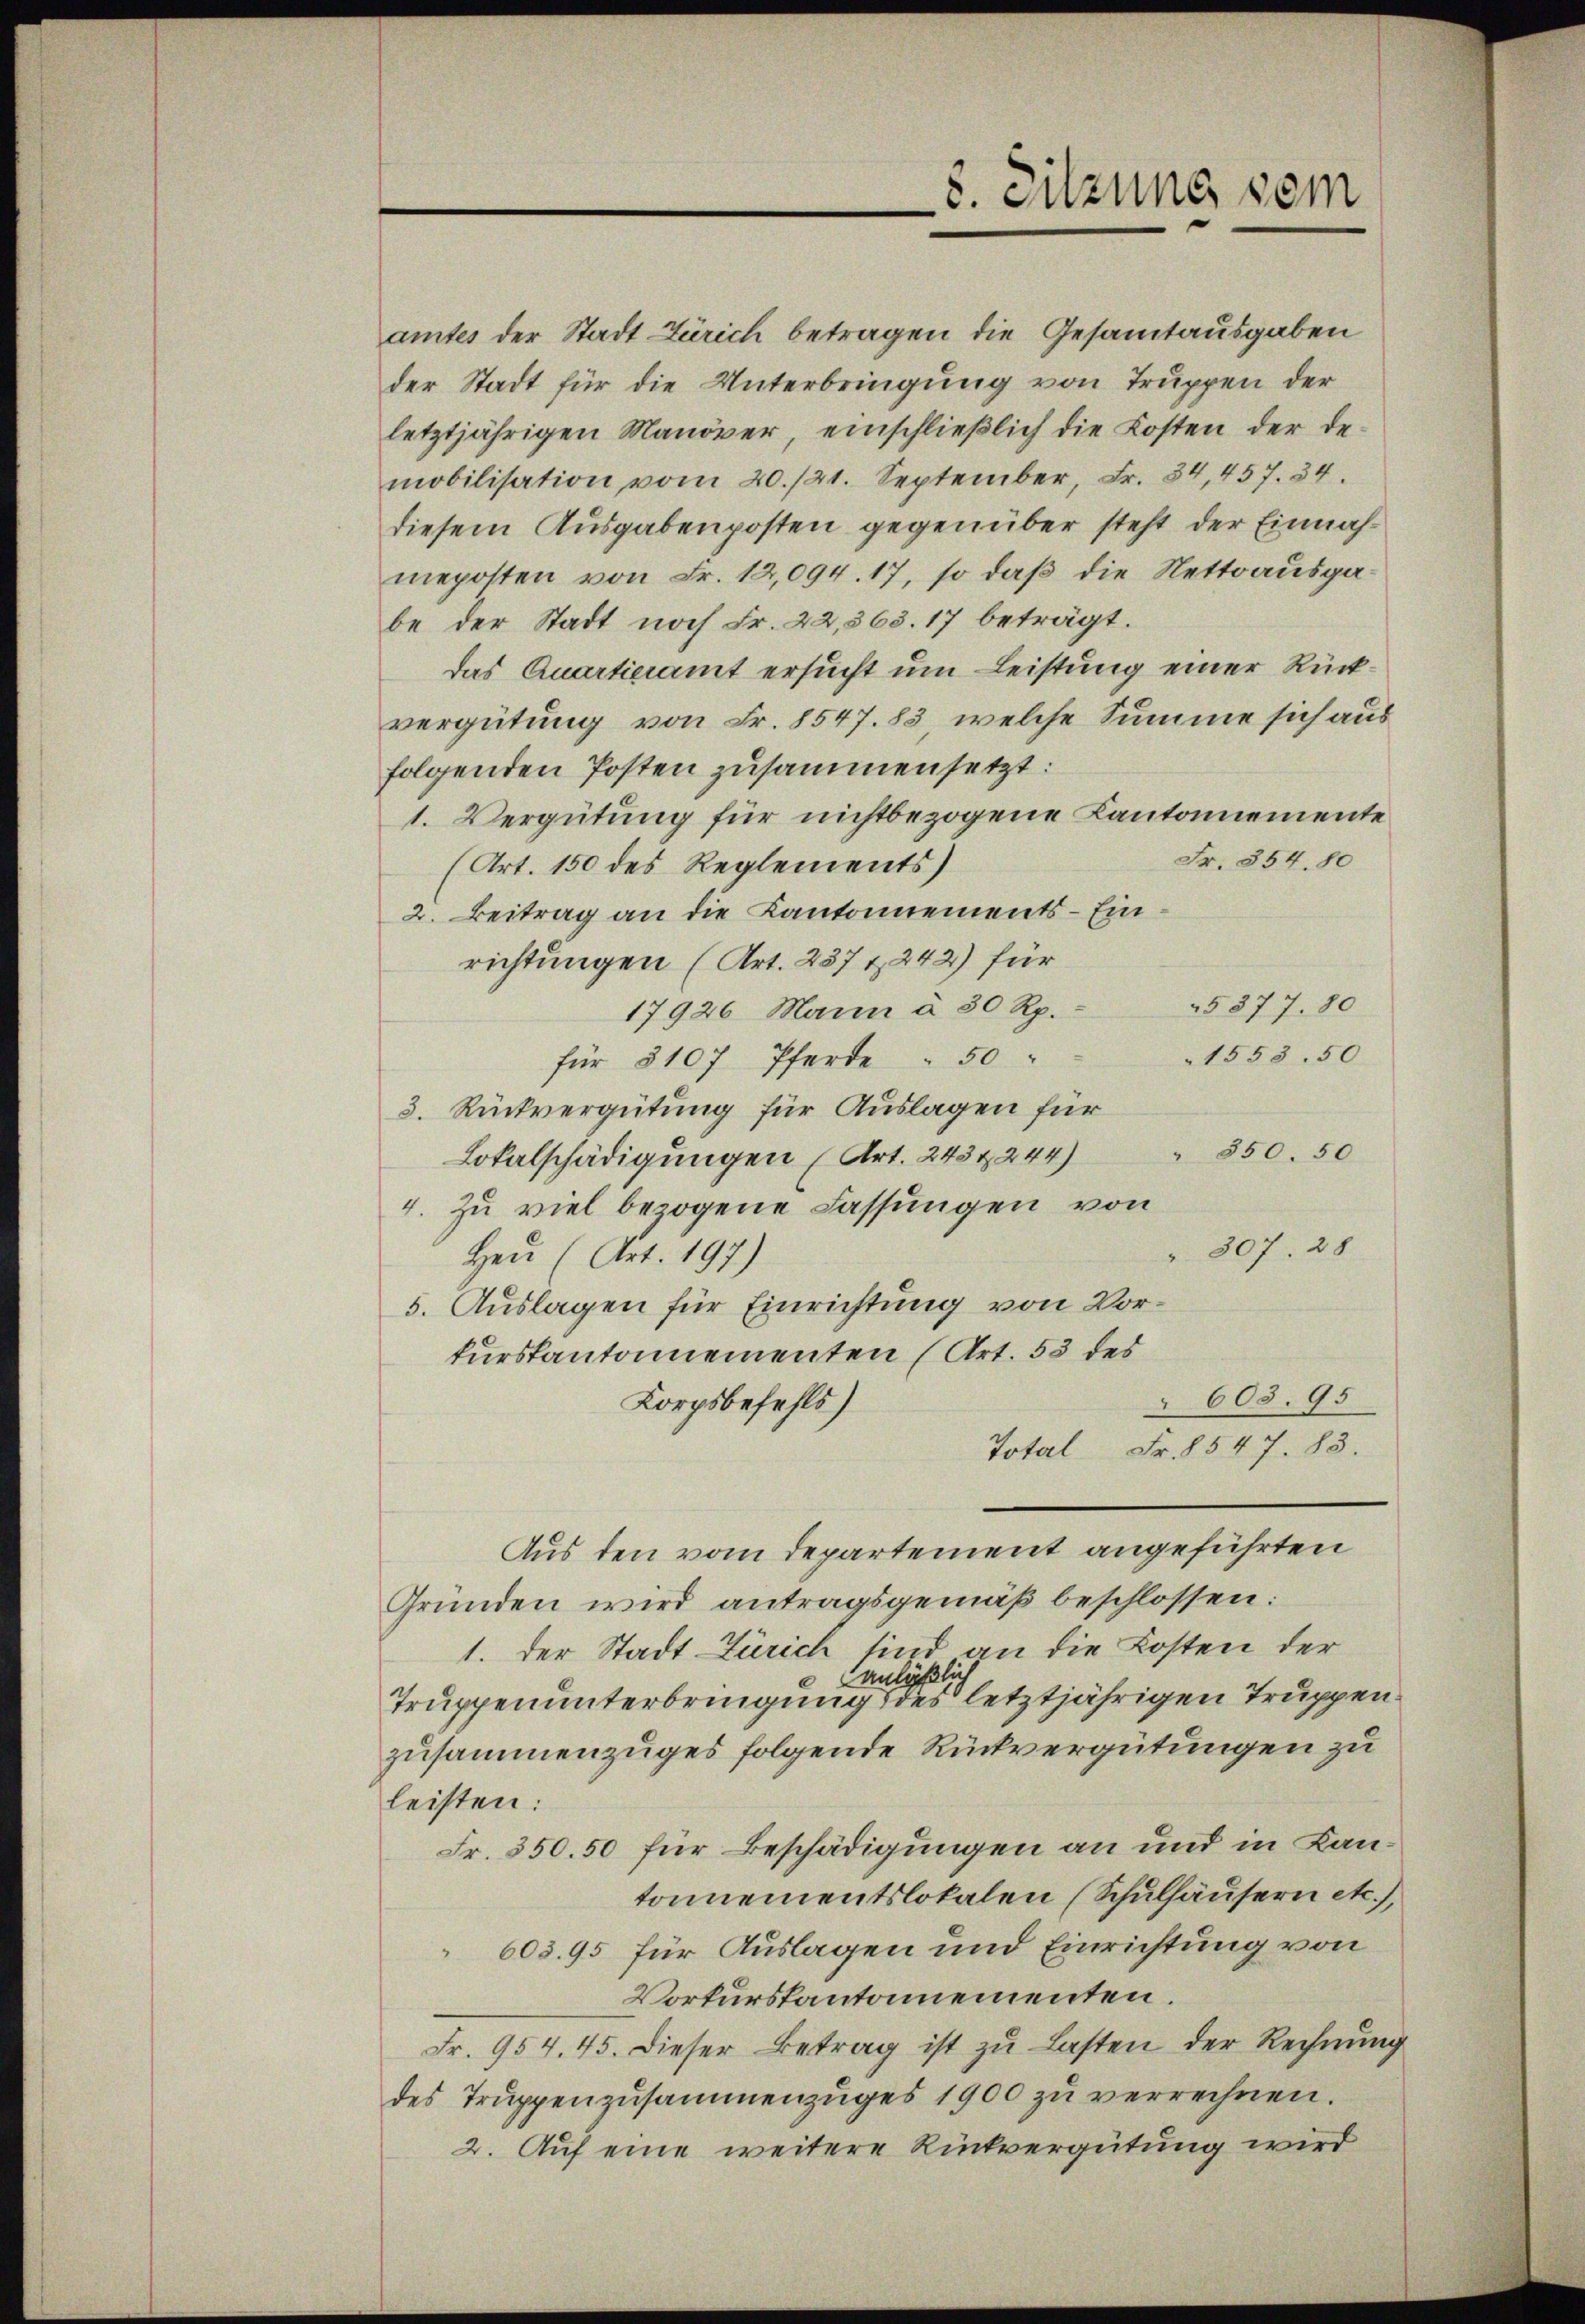
8. Sitzung sein

amtes der Stadt Zürich betragen die Gesamtausgaben
der Stadt für die Unterbringung von Truppen der
letztjährigen Manöver, einschlieβlich die Kosten der de
mobilisation vom 20./21. September, Fr. 84, 457. 34.
diesem Ausgabenposten gegenüber steht der Einnahmeposten von Fr. 12,094. 17, so daß die Nettoausgabe der Stadt noch Fr. 22,363. 17 beträgt.
das Quartieiamt ersucht um Leistung einer Rückvergütung von Fr. 8547. 83, welche Summe sich aus
folgenden Posten zusammensetzt:
1. Vergütung für nichtbezogene Kantonnemente
Fr. 854. 80
(Art. 150 des Reglements)
2. Beitrag an die Kantonnements-Ein
richtungen (Art. 237 1242) für
17926. Mann à 50 Rp.
für 8107 Pferde - 50
3. Rückvergütung für Auslagen für
" 550. 50
Lokalschädigungen (Art. 243 x 244)
4. Zu viel bezogene Fassungen von
 307. 28
Heu (Art. 197)
5. Auslagen für Einrichtung von Vorkurskantonnementen (Art. 53 des
 603. 95
Korpsbefehls)
Total Fr. 8547. 83.
Aus den vom Departement angeführten
Gründen wird antragsgemäß beschlossen:
1. Der Stadt Zürich sind an die Kosten der
anläßlich
Truppenunterbringung des letztjährigen Truppenzusammenzuges folgende Rückvergütungen zu
leisten:
Fr. 350.50 für Beschädigungen an und in Lantonnementslokalen (Schulhäusern etc.),
603. 95 für Auslagen und Einrichtung von
Vorkurskantonementen.
Fr. 954. 45. Dieser Betrag ist zŭ lasten der Rechnŭng
des Trŭppenzusammenzuges 1900 zu verrechnen.
2. Auf eine weitere Rückvergütung wird

25377. 80
1553. 50